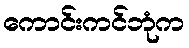
ကောင်းကင်ဘုံက